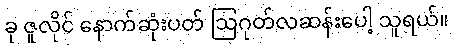
ခု ဇူလိုင် နောက်ဆုံးပတ် ဩဂုတ်လဆန်းပေါ့ သူရယ်။